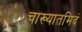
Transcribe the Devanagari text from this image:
चाख्यातमिदं